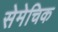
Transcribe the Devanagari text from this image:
सेमेचिक